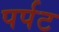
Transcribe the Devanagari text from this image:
पर्पट